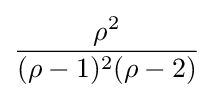
{\frac {\rho ^{2}}{(\rho -1)^{2}(\rho -2)}}